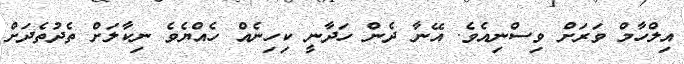
އިލްހާމް ވަރަށް ވިސްނިއެވެ. އޭނާ ދެން ހަދާނީ ކިހިނެއް ހެއްޔެވެ ނިކާލަށް ތެދުތެދަށް